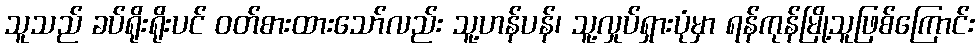
သူသည် ခပ်ရိုးရိုးပင် ဝတ်စားထားသော်လည်း သူ့ဟန်ပန်၊ သူ့လှုပ်ရှားပုံမှာ ရန်ကုန်မြို့သူဖြစ်ကြောင်း